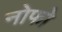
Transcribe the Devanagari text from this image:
नोफो